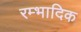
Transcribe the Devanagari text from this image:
रम्‍भादिक